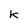
Character: k